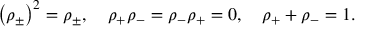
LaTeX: \left( \rho _ { \pm } \right) ^ { 2 } = \rho _ { \pm } , \quad \rho _ { + } \rho _ { - } = \rho _ { - } \rho _ { + } = 0 , \quad \rho _ { + } + \rho _ { - } = 1 .